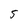
Character: 5